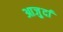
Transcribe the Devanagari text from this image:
आजु़र्दा